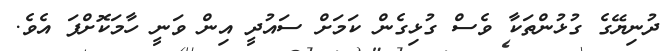
ދުނިޔޭގެ ގުޅުންތަކާ ވެސް ގުޅިގެން ކަމަށް ސައުދީ އިން ވަނީ ހާމަކޮށްފަ އެވެ.